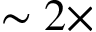
\sim 2 \times